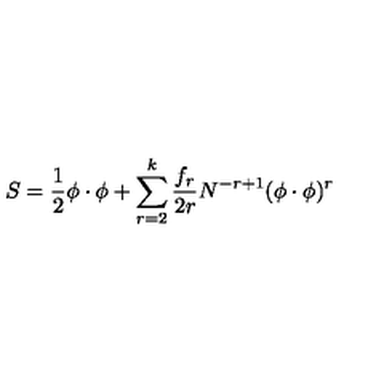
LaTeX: S = \frac 1 2 \phi \cdot \phi + \sum _ { r = 2 } ^ { k } \frac { f _ { r } } { 2 r } N ^ { - r + 1 } ( \phi \cdot \phi ) ^ { r }